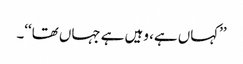
’’کہاں ہے، وہیں ہے جہاں تھا‘‘۔